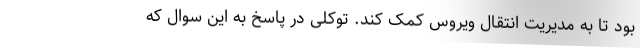
بود تا به مدیریت انتقال ویروس کمک کند. توکلی در پاسخ به این سوال که